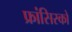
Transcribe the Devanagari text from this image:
फ्रांसिस्‍को